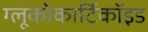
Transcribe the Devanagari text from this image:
ग्लूकोकार्टिकॉइड